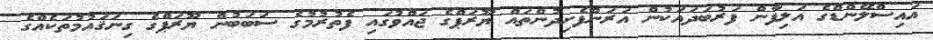
އައިސްލޭންޑްގެ އަލިފާން ފަރުބަދައަކުން އަރަންފެށިދުންތައް ޔޫރަޕްގެ ޖައްވުގައި ފެތުރުމުގެ ސަބަބުން ޔޫރަޕްގެ ގިނަޤައުމުތަކެއްގެ